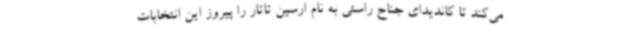
می‌کند تا کاندیدای جناح راستی به نام ارسین تاتار را پیروز این انتخابات